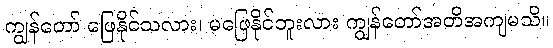
ကျွန်တော် ဖြေနိုင်သလား၊ မဖြေနိုင်ဘူးလား ကျွန်တော်အတိအကျမသိ။